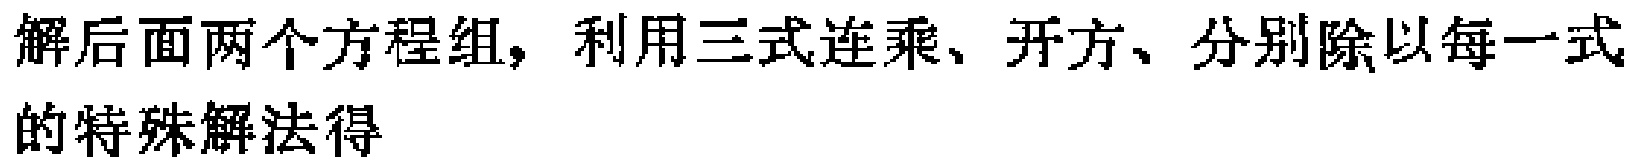
解后面两个方程组，利用三式连乘、开方、分别除以每一式的特殊解法得